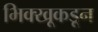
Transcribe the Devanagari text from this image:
भिक्खूकडून